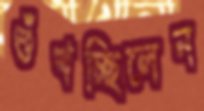
শুঁখচ্ছিলেন